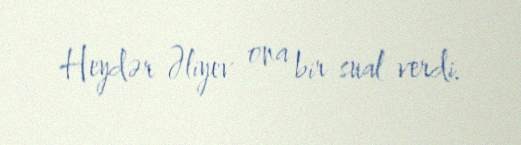
Heydər Əliyev ona bir sual verdi.